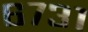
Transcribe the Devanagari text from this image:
६७३१